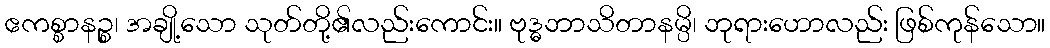
ဧကစ္စာနဉ္စ၊ အချို့သော သုတ်တို့၏လည်းကောင်း။ ဗုဒ္ဓဘာသိတာနမ္ပိ၊ ဘုရားဟောလည်း ဖြစ်ကုန်သော။